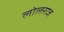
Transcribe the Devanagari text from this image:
लोलराज